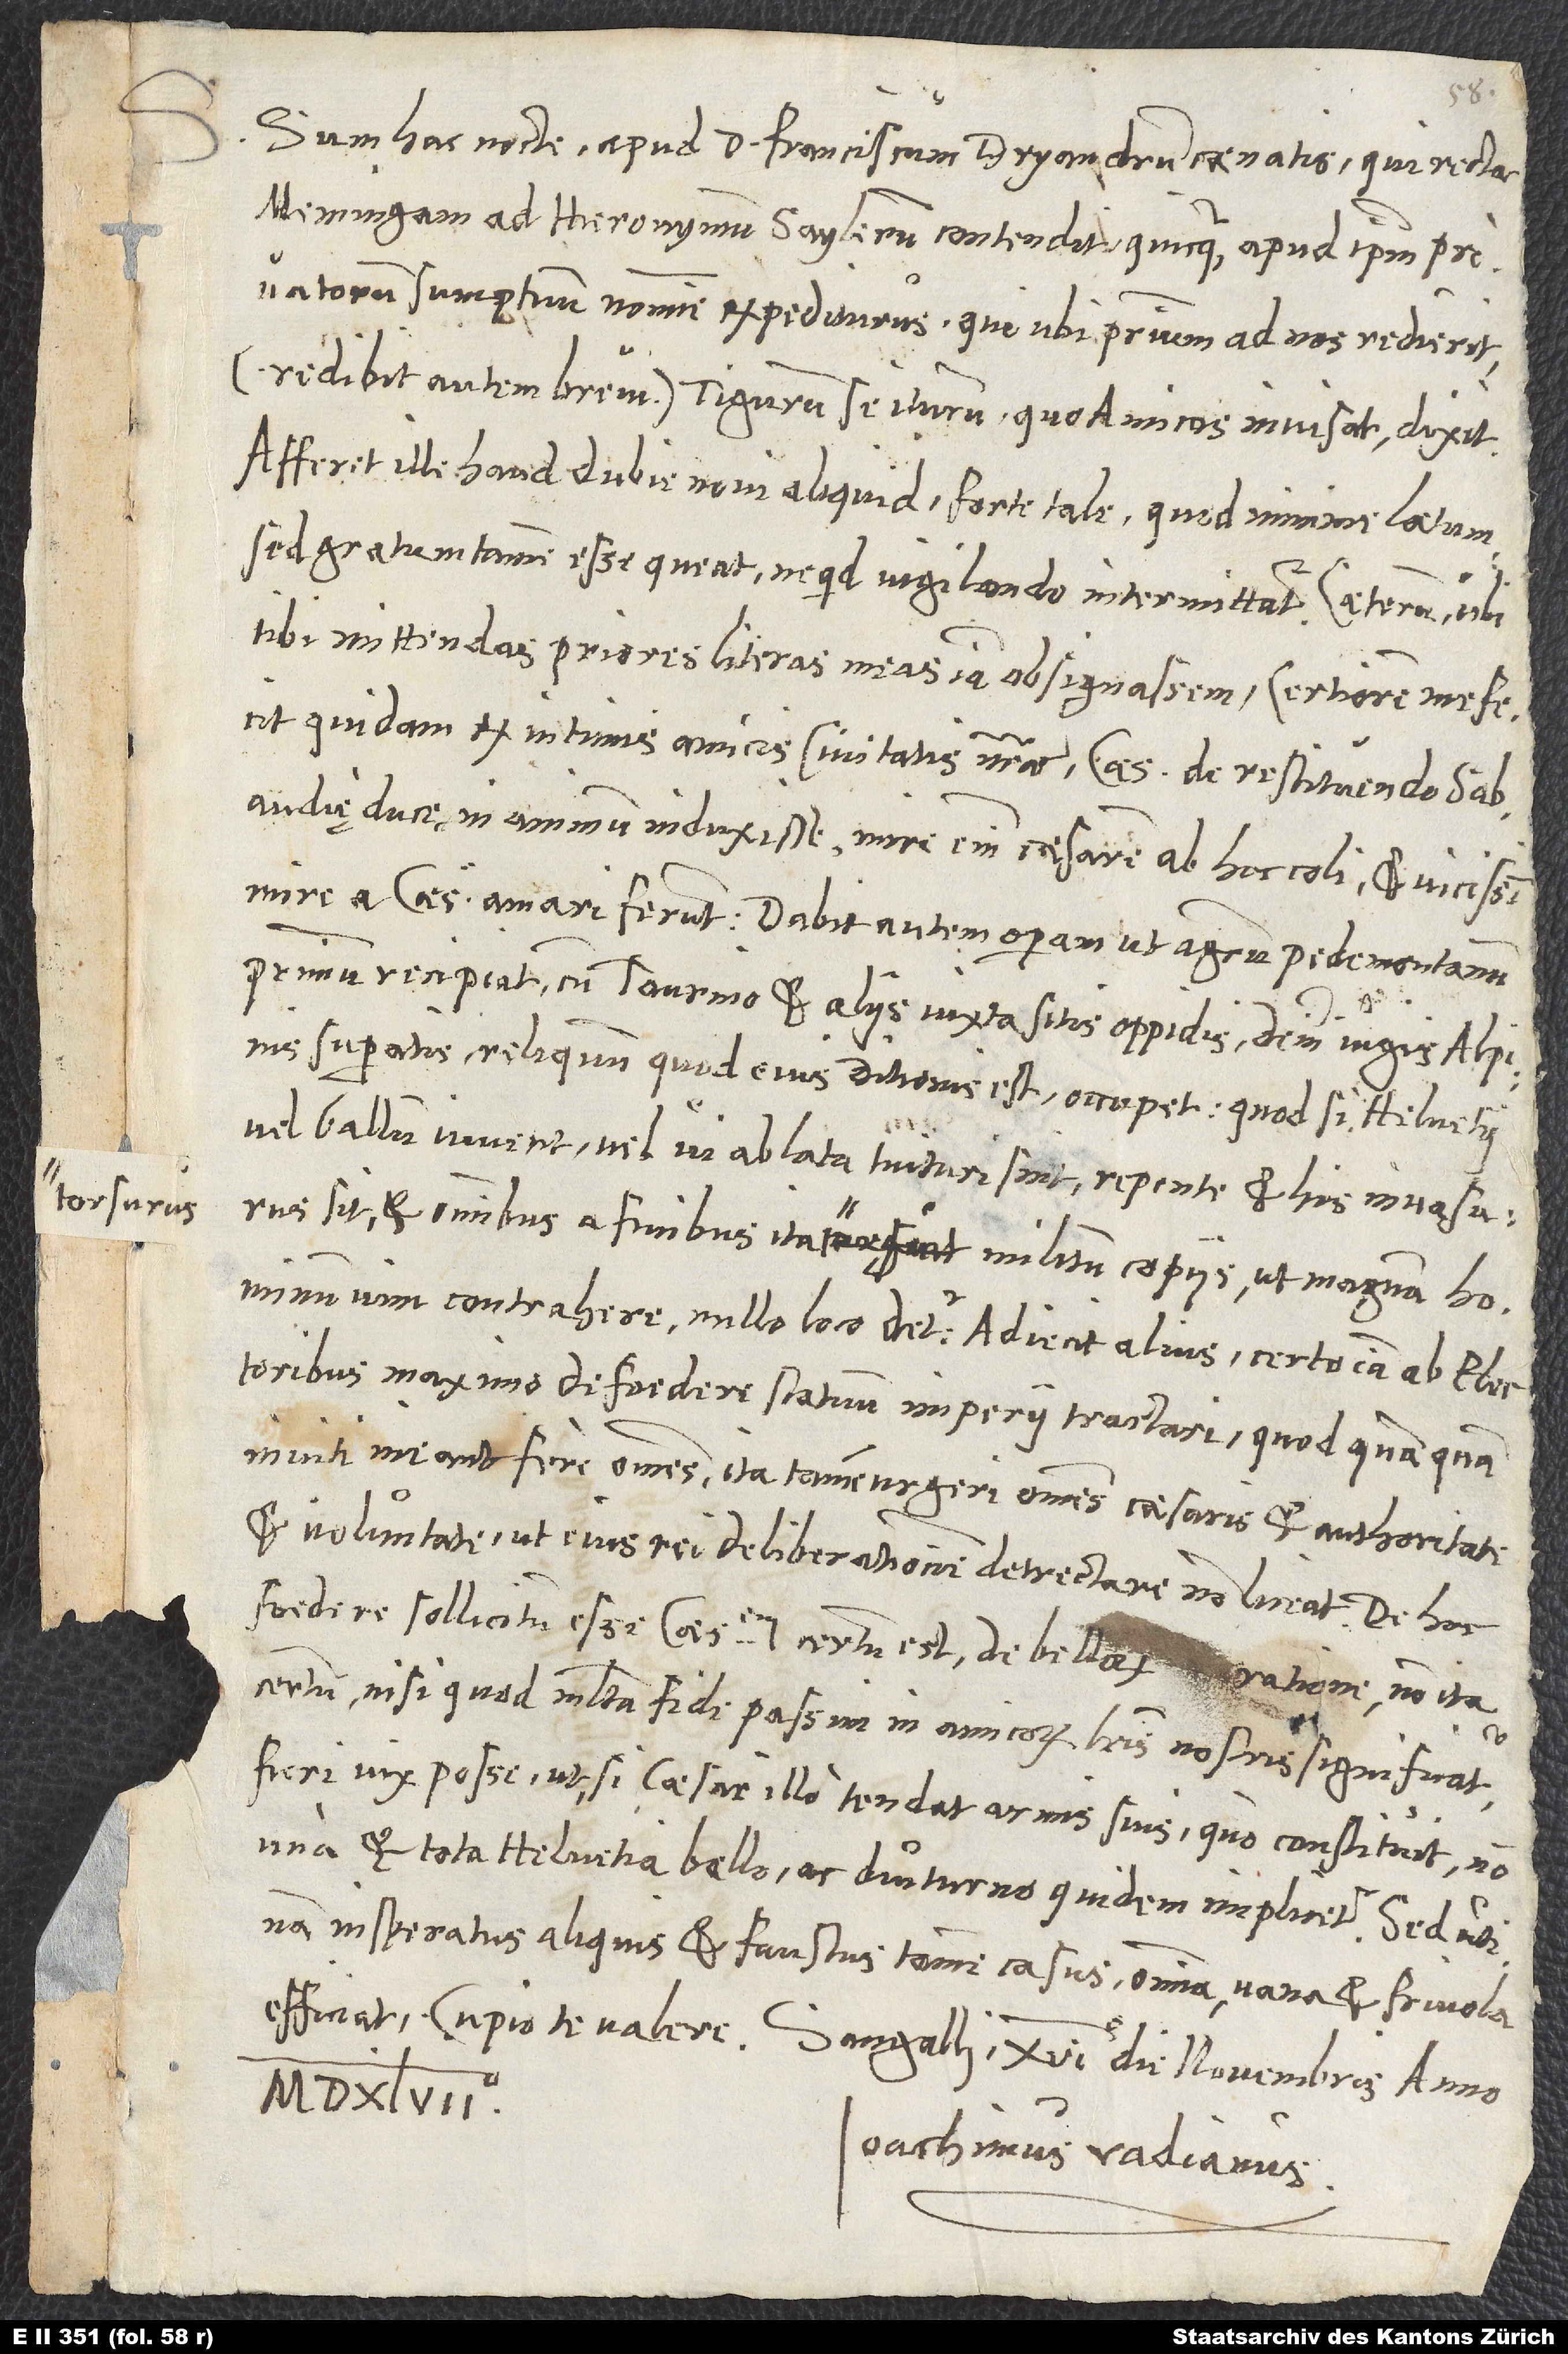
Sum hac nocte apud d. Franciscum Dryandrum caenatus, qui recta
Memingam ad Hieronymum Saylerum contendit quicquam apud ipsum privatorum
sumptuum nomine expediturus, qui, ubi primum ad nos redierit
(redibit autem brevi), Tigurum se iturum, quo amicos invisat, dixit.
Afferet ille haud dubie novi aliquid, forte tale, quod minime laetum,
sed gratum tamen esse queat, ne quid vigilando intermittatur. tibi
mittendas priores literas meas iam obsignassem, certiorem me fecit
quidam ex intimis amicis civitatis nostrae caesarem de restituendo Sabaudię
duce in animum induxisse. Mire enim caesarem ab hoc coli et vicissim
mire a caesare amari ferunt. Dabit autem operam, ut agrum Pedemontanum
primum recipiat cum Taurino et aliis iuxta sitis oppidis, deinde iugis Alpinis
superatis reliquum, quod eius ditionis est, occupet. Quod si Helvetii
vel Gallum iuvent vel vi ablata tuituri sint, repente et his invasurus
sit et omnibus a finibus ita torsurus militum copiis, ut magnam hominum
maximo de foedere statuum imperii tractari, quod, quamquam
inviti, ineant fere omnes. Ita tamen urgeri omnes caesaris et authoritate
et voluntate, ut eius rei deliberationem detrectare non liceat.
foedere sollicitum esse caesarem certum est, de bellorum ratione non ita
certum, nisi quod multa fide passim in amicorum literis nostris significatur
fieri vix posse, ut, si caesar illo tendat armis suis, quo constituit, non
una et tota Helvetia bello, ac diuturno quidem, implicetur. Sed utinam
insperatus aliquis et faustus tamen casus omnia vana et frivola
Cupio te valere. Sangalli, 16. die novembris anno
1547.
Ioachimus Vadianus.

S.